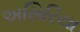
અસિરિયા